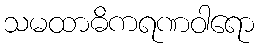
သမထာဓိကရဏဝါရော